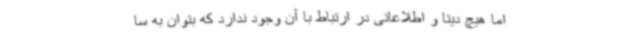
اما هیچ دیتا و اطلاعاتی در ارتباط با آن وجود ندارد که بتوان به سا